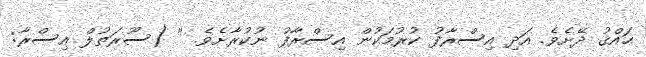
ޙައްޤު ދޭށެވެ. އަދި އިސްރާފު ކުރުމަކުން އިސްރާފު ނުކުރާށެވެ. '' (ސޫރަތުލް އިސްރާ: